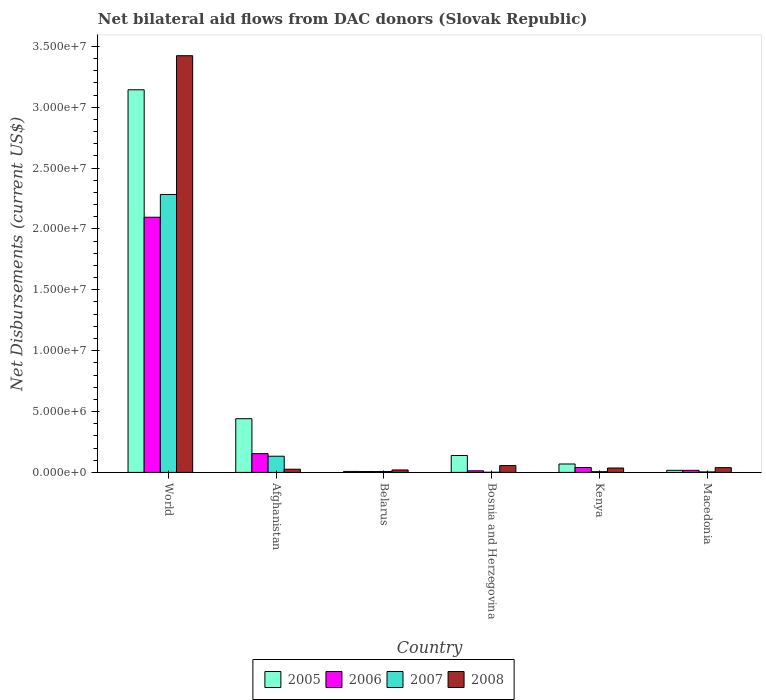
| Country | 2005 | 2006 | 2007 | 2008 |
 | --- | --- | --- | --- | --- |
 | World | 3.14e+07 | 2.1e+07 | 2.28e+07 | 3.42e+07 |
 | Afghanistan | 4.41e+06 | 1.54e+06 | 1.33e+06 | 2.6e+05 |
 | Belarus | 8e+04 | 7e+04 | 7e+04 | 2e+05 |
 | Bosnia and Herzegovina | 1.39e+06 | 1.3e+05 | 1e+04 | 5.6e+05 |
 | Kenya | 6.9e+05 | 4e+05 | 6e+04 | 3.6e+05 |
 | Macedonia | 1.7e+05 | 1.7e+05 | 4e+04 | 3.9e+05 |